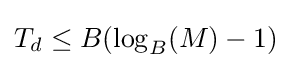
T_{d}\leq B(\log _{B}(M)-1)